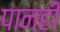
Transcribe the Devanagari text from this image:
पानही